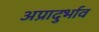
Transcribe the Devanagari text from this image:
अप्रादुर्भाव